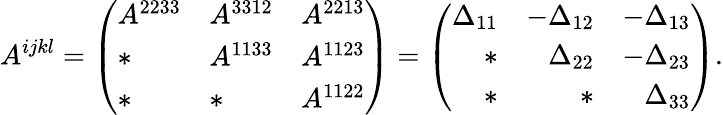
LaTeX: A^{ijkl}=\left(\begin{array}{lll}{A^{2233}}&{A^{3312}}&{A^{2213}}\\ {*}&{A^{1133}}&{A^{1123}}\\ {*}&{*}&{A^{1122}}\end{array}\right)=\left(\begin{array}{rrr}{\Delta_{11}}&{-\Delta_{12}}&{-\Delta_{13}}\\ {*}&{\Delta_{22}}&{-\Delta_{23}}\\ {*}&{*}&{\Delta_{33}}\end{array}\right).